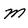
Character: m